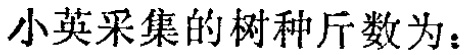
小英采集的树种斤数为：